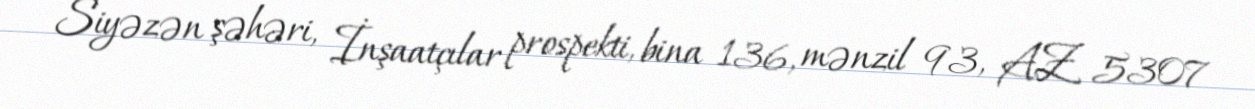
Siyəzən şəhəri, İnşaatçılar prospekti, bina 136, mənzil 93, AZ 5307